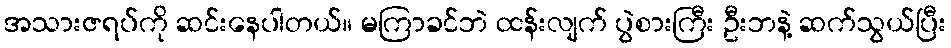
အသားဇရပ်ကို ဆင်းနေပါတယ်။ မကြာခင်ဘဲ ထန်းလျက် ပွဲစားကြီး ဦးဘနဲ့ ဆက်သွယ်ပြီး